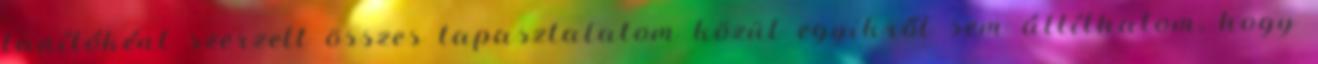
tanítóként szerzett összes tapasztalatom közül egyikről sem állíthatom, hogy